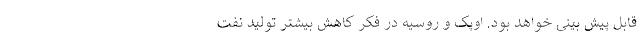
قابل پیش بینی خواهد بود. اوپک و روسیه در فکر کاهش بیشتر تولید نفت